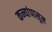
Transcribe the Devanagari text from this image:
कन्यांपासून